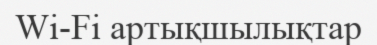
Wi-Fi артықшылықтар